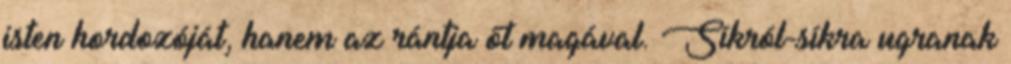
isten hordozóját, hanem az rántja őt magával. Síkról-síkra ugranak